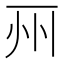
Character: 𠀦